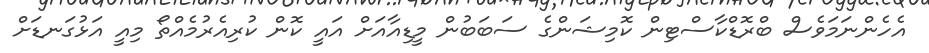
އެހެންނަމަވެސް ބްރޮޑްކާސްޓިން ކޮމިޝަންގެ ސަބަބުން މީޑިއާއަށް އައީ ކޮން ކުރިއެރުމެއްތޯ މިއީ އަޅުގަނޑަށް